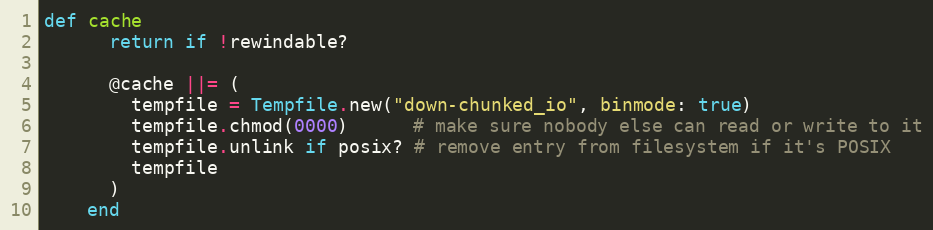
Language: Ruby
def cache
      return if !rewindable?

      @cache ||= (
        tempfile = Tempfile.new("down-chunked_io", binmode: true)
        tempfile.chmod(0000)      # make sure nobody else can read or write to it
        tempfile.unlink if posix? # remove entry from filesystem if it's POSIX
        tempfile
      )
    end